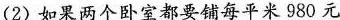
(2)如果两个卧室都要铺每平米980元